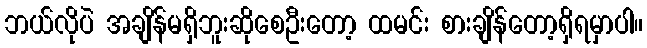
ဘယ်လိုပဲ အချိန်မရှိဘူးဆိုစေဦးတော့ ထမင်း စားချိန်တော့ရှိရမှာပါ။